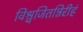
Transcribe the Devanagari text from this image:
विश्वजितन्निरीहं